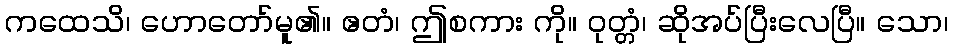
ကထေသိ၊ ဟောတော်မူ၏။ ဧတံ၊ ဤစကား ကို။ ဝုတ္တံ၊ ဆိုအပ်ပြီးလေပြီ။ သော၊